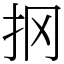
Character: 㧏